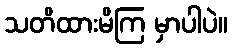
သတိထားမိကြ မှာပါပဲ။